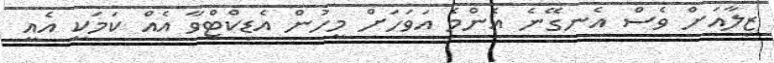
ޒިލާއަށް ވެސް އެނގޭނެ އެންމެ އަވަހަށް މީހުން އެޑިކްޓްވާ އެއް ކަމަކީ އެއީ